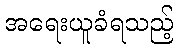
အရေးယူခံရသည့်